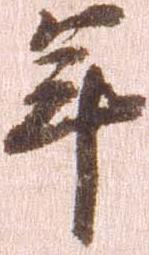
年